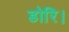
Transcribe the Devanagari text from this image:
डोरि।